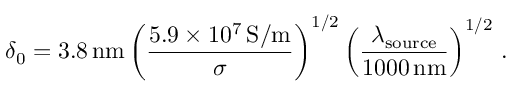
\delta _ { 0 } = 3 . 8 \, \mathrm { n m } \left( \frac { 5 . 9 \times 1 0 ^ { 7 } \, \mathrm { S / m } } { \sigma } \right) ^ { 1 / 2 } \left( \frac { \lambda _ { \mathrm { s o u r c e } } } { 1 0 0 0 \, \mathrm { n m } } \right) ^ { 1 / 2 } \, .